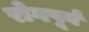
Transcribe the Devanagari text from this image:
रोगपूर्व